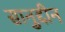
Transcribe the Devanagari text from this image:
सानुद्दीन